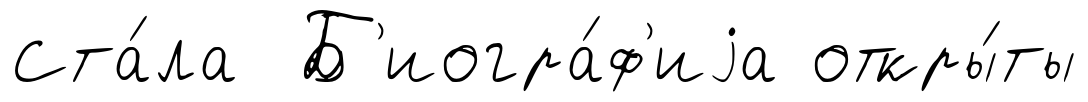
Ста́ла Б'иогра́ф'иjа откры́ты